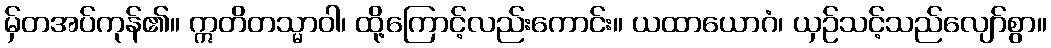
မှ်တအပ်ကုန်၏။ ဣတိတသ္မာဝါ၊ ထို့ကြောင့်လည်းကောင်း။ ယထာယောဂံ၊ ယှဉ်သင့်သည်လျော်စွာ။